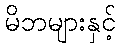
မိဘများနှင့်